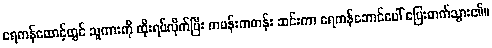
ရေကန်ထောင့်တွင် သူကားကို ထိုးရပ်လိုက်ပြီး ကမန်းကတန်း ဆင်းကာ ရေကန်ဘောင်ပေါ် ပြေးတက်သွား၏။